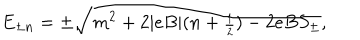
LaTeX: E _ { \pm n } = \pm \sqrt { m ^ { 2 } + 2 | e B | ( n + { \scriptstyle \frac { 1 } { 2 } } ) - 2 e B S _ { \pm } } ,